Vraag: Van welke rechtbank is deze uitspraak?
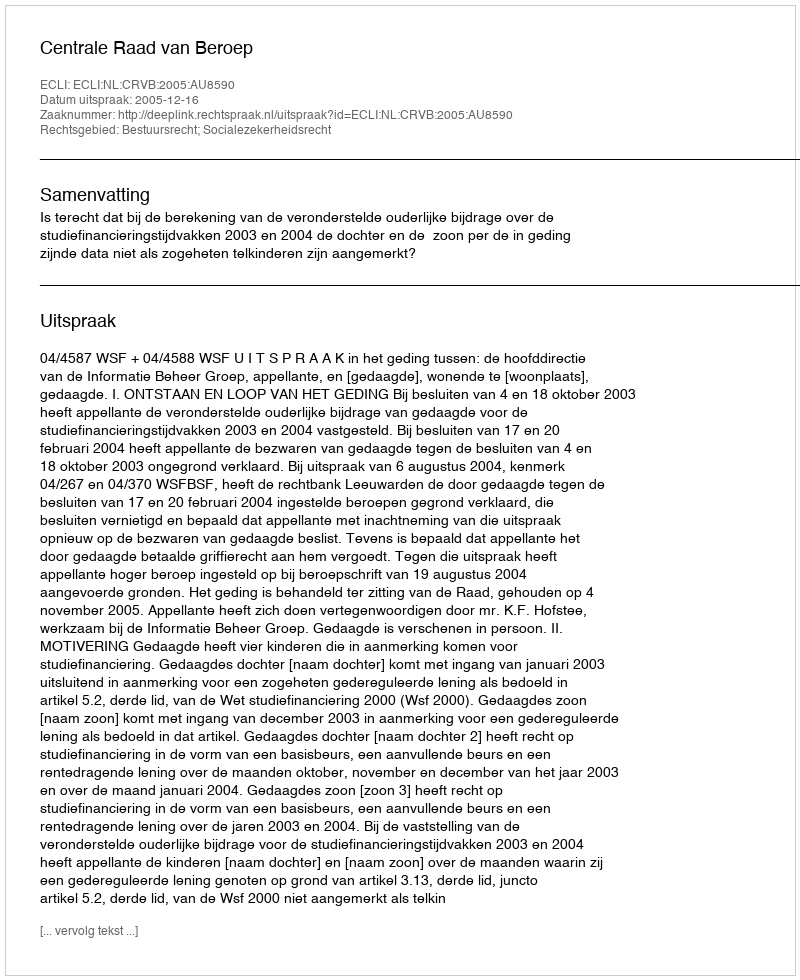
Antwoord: Centrale Raad van Beroep